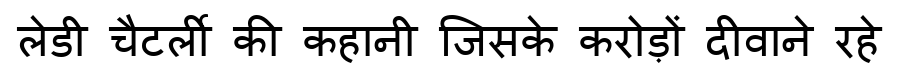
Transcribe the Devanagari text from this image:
लेडी चैटर्ली की कहानी जिसके करोड़ों दीवाने रहे